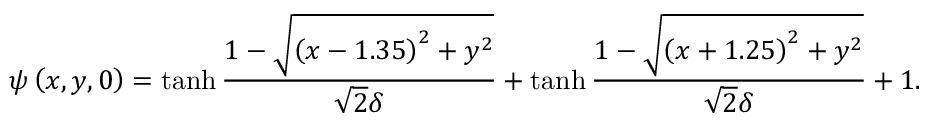
\psi \left( x , y , 0 \right) = \operatorname { t a n h } { \frac { 1 - \sqrt { \left( x - 1 . 3 5 \right) ^ { 2 } + y ^ { 2 } } } { \sqrt { 2 } \delta } } + \operatorname { t a n h } { \frac { 1 - \sqrt { \left( x + 1 . 2 5 \right) ^ { 2 } + y ^ { 2 } } } { \sqrt { 2 } \delta } } + 1 .